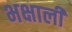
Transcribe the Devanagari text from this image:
भक्षाली